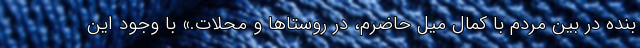
بنده در بین مردم با کمال میل حاضرم، در روستاها و محلات.» با وجود این